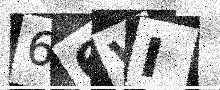
Text: 66VI